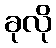
ခုလို